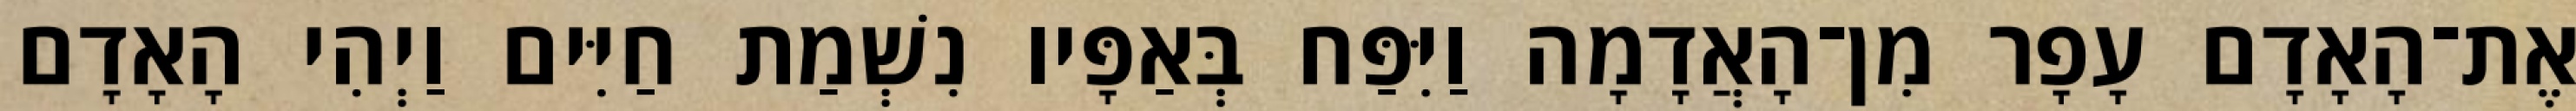
אֶת־הָאָדָם עָפָר מִן־הָאֲדָמָה וַיִּפַּח בְּאַפָּיו נִשְׁמַת חַיִּים וַיְהִי הָאָדָם